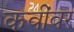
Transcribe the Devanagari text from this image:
कवींवर